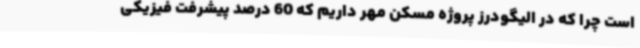
است چرا که در الیگودرز پروژه مسکن مهر داریم که 60 درصد پیشرفت فیزیکی